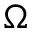
\Omega